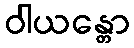
ဝါယန္တော